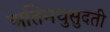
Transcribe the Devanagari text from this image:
अतिमधुसुदती